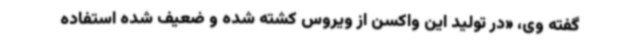
گفته وی، «در تولید این واکسن از ویروس کشته شده و ضعیف شده استفاده